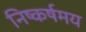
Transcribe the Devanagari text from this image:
निष्कर्षमय